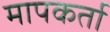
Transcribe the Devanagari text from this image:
मापकर्ता